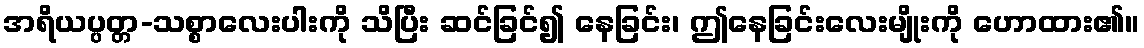
အရိယပ္ပတ္တ-သစ္စာလေးပါးကို သိပြီး ဆင်ခြင်၍ နေခြင်း၊ ဤနေခြင်းလေးမျိုးကို ဟောထား၏။